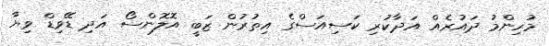
މުހިންމު ދައުރެއް އަދާކުރި ކަސިއަސްގެ އިތުރުން ޒަބީ އޮލޮންސޯ އަދި ޑޭވިޑް ވިޔާ